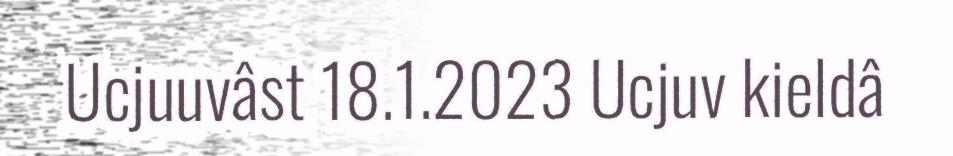
Ucjuuvâst 18.1.2023 Ucjuv kieldâ